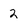
Character: 2